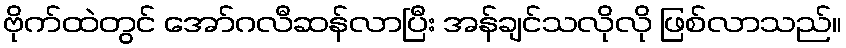
ဗိုက်ထဲတွင် အော်ဂလီဆန်လာပြီး အန်ချင်သလိုလို ဖြစ်လာသည်။